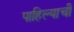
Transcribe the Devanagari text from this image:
पाहिल्याची